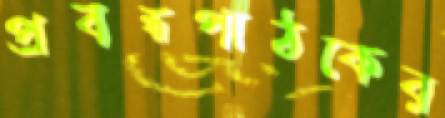
প্রবন্ধপাঠকের